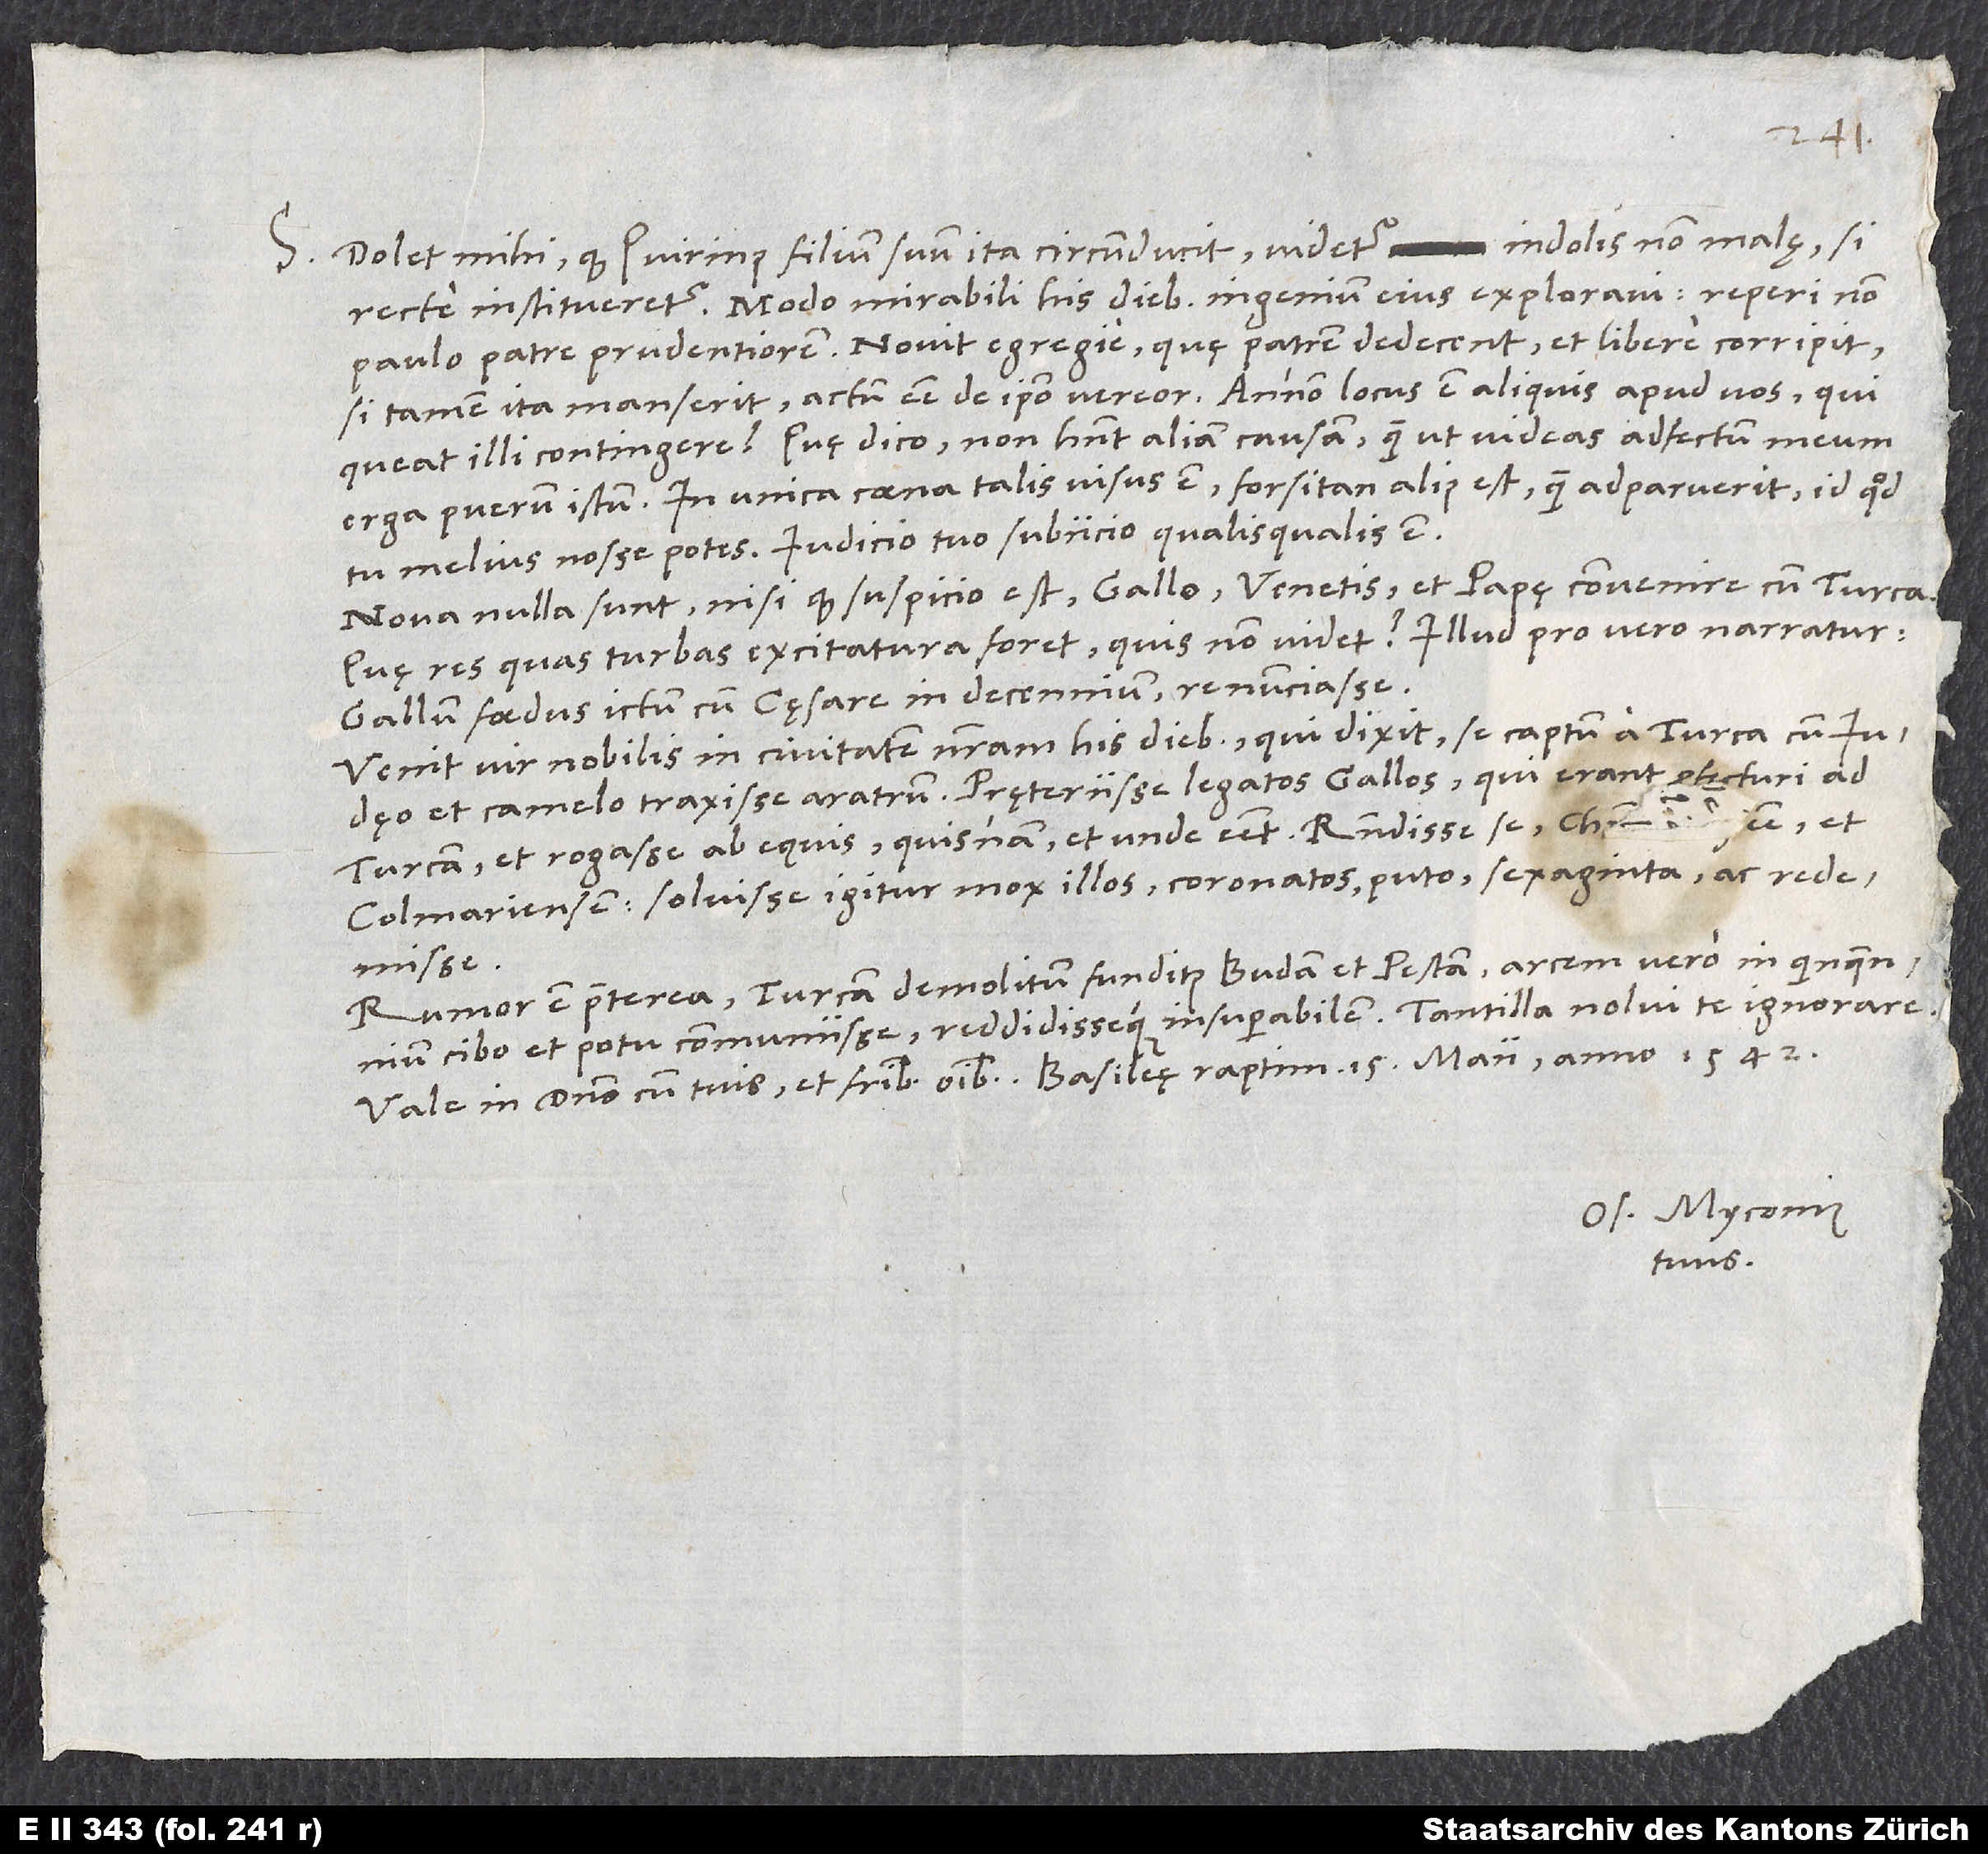
indolis non malę, si
S. Dolet mihi, quod Quirinus filium suum ita circumducit; videtur
recte institueretur. Modo mirabili his diebus ingenium eius exploravi; reperi non
paulo patre prudentiorem. Novit egregie, quę patrem dedecent, et libere corripit;
queat illi contingere? Quę dico, non habent aliam causam, quam ut videas adfectum meum
In unica coena talis visus est; forsitan alius est, quam adparuerit, id quod
tu melius nosse potes. Iudicio tuo subiicio, qualisqualis est.
Nova nulla sunt, nisi, quod suspicio est Gallo, Venetis et papę convenire cum Turca.
Quę res quas turbas excitatura foret, quis non videt? Illud pro vero narratur:
Gallum foedus ictum cum cęsare in decennium renunciasse.
Venit vir nobilis in civitatem nostram his diebus, qui dixit se captum a Turca cum Iudęo
et camelo traxisse aratrum. Pręteriisse legatos Gallos, qui erant profecturi ad
Turcam, et rogasse ab equis, quisnam et unde esset. Respondisse se christianum esse et
Colmariensem; solvisse igitur mox illos coronatos, puto, sexaginta ac redemisse.
Rumor est praeterea Turcam demolitum funditus Budam et Pestam, arcem vero in quinquennium
Os. Myconius
tuus.